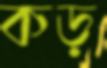
কড়